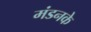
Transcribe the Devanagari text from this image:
मंडनके